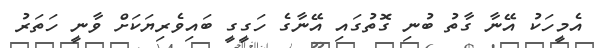
އެމީހަކު އޭނާ ގާތު ބުނި ގޮތުގައި އޭނާގެ ހަގީގީ ބައިވެރިޔަކަށް ވާނީ ހަތަރު